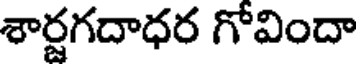
శార్జగదాధర గోవిందా